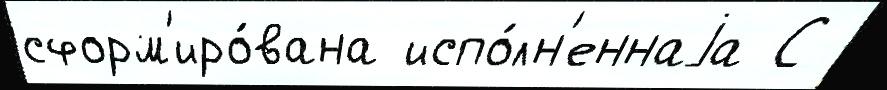
сформ'иро́вана испо́лн'еннаjа С